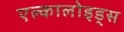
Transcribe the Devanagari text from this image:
एल्कालोइड्स